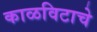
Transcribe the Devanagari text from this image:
काळविटाचे